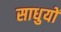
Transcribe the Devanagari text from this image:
साधुयों